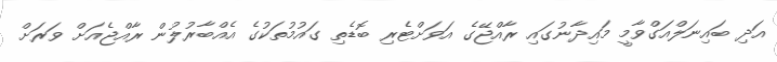
އަދި ބައިނަލްއަގްވާމީ މައިދާނުގައި ރާއްޖޭގެ އަވަށްޓެރި ބޮޑެތި ގައުމުތަކުގެ އެއްބާރުލުން ރާއްޖެއަށް ވަރަށް